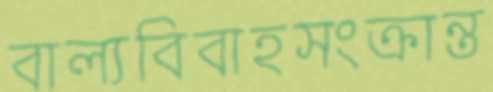
বাল্যবিবাহসংক্রান্ত